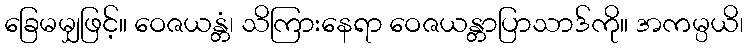
ခြေမမျှဖြင့်။ ဝေဇယန္တံ၊ သိကြားနေရာ ဝေဇယန္တာပြာသာဒ်ကို။ အကမ္ပယိ၊